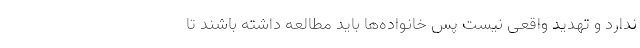
ندارد و تهدید واقعی نیست پس خانواده‌ها باید مطالعه داشته باشند تا